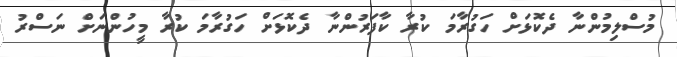
މުސްލިމުންނާ ދެކޮޅަށް ހަގުރާމަ ކުރާ ކާފަރުންނާ ދެކޮޅަށް ހަގުރާމަ ކުރާ މީހުންނަށް ނަސްރު